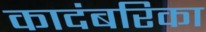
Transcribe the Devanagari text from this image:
कादंबरिका